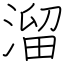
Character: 溜